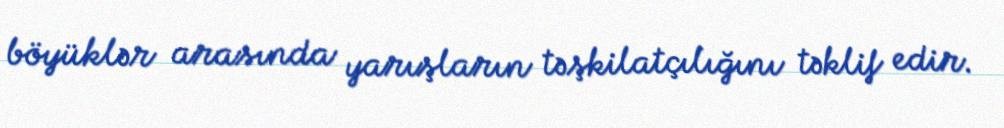
böyüklər arasında yarışların təşkilatçılığını təklif edir.